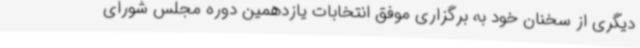
دیگری از سخنان خود به برگزاری موفق انتخابات یازدهمین دوره مجلس شورای